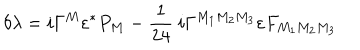
LaTeX: \delta \lambda = i \Gamma ^ { M } \varepsilon ^ { \ast } P _ { M } - { \frac { 1 } { 2 4 } } ~ i \Gamma ^ { M _ { 1 } M _ { 2 } M _ { 3 } } \varepsilon F _ { M _ { 1 } M _ { 2 } M _ { 3 } }